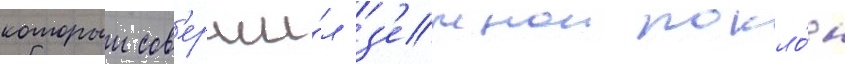
которыи сов'ерши́л з'емнои покло́н